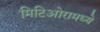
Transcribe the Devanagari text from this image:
मिटिओरामध्ये